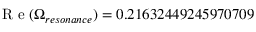
\mathrm { ~ R ~ e ~ } ( \Omega _ { r e s o n a n c e } ) = 0 . 2 1 6 3 2 4 4 9 2 4 5 9 7 0 7 0 9